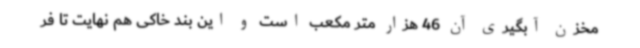
مخزن آبگیری آن 46 هزار متر مکعب است و این بند خاکی هم نهایت تا فر